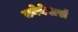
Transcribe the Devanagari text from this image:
क्वेबेसर्स